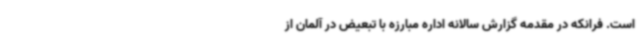
است. فرانکه در مقدمه گزارش سالانه اداره مبارزه با تبعیض در آلمان از